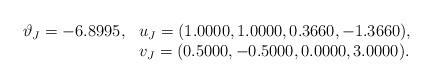
LaTeX: \begin{align*}\begin{array}{ll}\vartheta_J = -6.8995, & u_J = (1.0000, 1.0000, 0.3660, -1.3660),\\& v_J = (0.5000, -0.5000, 0.0000, 3.0000).\end{array}\end{align*}